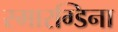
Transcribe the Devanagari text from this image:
स्मारग्डिना